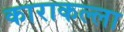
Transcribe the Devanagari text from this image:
काराकल्ला